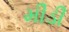
મીડી